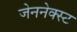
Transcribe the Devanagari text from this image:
जेननेक्स्ट